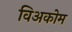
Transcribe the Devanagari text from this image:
विअकोम